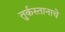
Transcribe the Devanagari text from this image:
तुर्कस्तानाचे